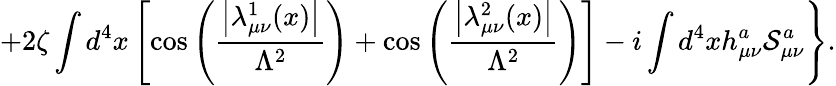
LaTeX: \left.+2\zeta\int d^{4}x\left[\cos\left(\frac{\left|\lambda_{\mu\nu}^{1}(x)\right|}{\Lambda^{2}}\right)+\cos\left(\frac{\left|\lambda_{\mu\nu}^{2}(x)\right|}{\Lambda^{2}}\right)\right]-i\int d^{4}xh_{\mu\nu}^{a}{\cal S}_{\mu\nu}^{a}\right\} .